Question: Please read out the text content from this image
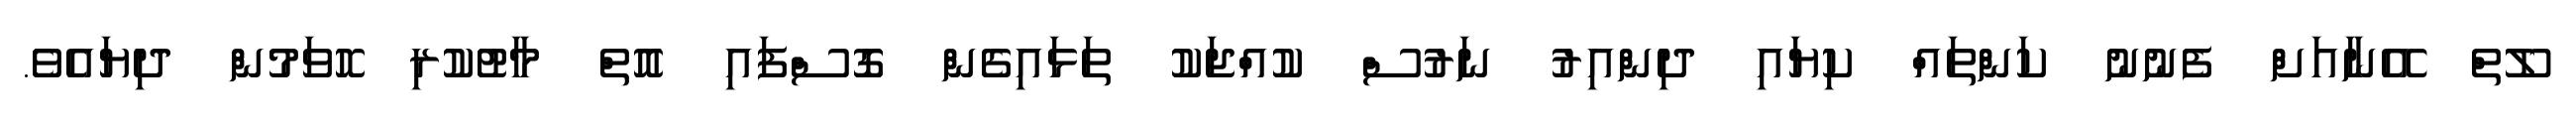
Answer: ލޫތް އޭނާއަށް ފެނުނު ކަންތައް ކިޔައި ދިންއިރު ނަރުސް ކުއްޖަކު ތަޅައިގެން ގޮސްފައި އޮތް މާޓުކުރި ހޮވަމުން ދިޔައެވެ.